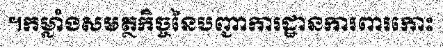
។កម្លាំងសមត្ថកិច្ចនៃបញ្ជាការដ្ឋានការពារកោះ